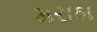
મરાઠા